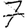
Digit: 7